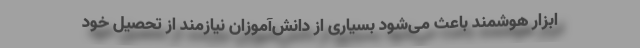
ابزار هوشمند باعث می‌شود بسیاری از دانش‌آموزان نیازمند از تحصیل خود